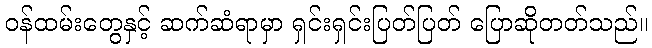
ဝန်ထမ်းတွေနှင့် ဆက်ဆံရာမှာ ရှင်းရှင်းပြတ်ပြတ် ပြောဆိုတတ်သည်။